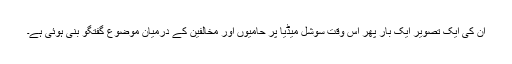
ان کی ایک تصویر ایک بار پھر اس وقت سوشل میڈیا پر حامیوں اور مخالفین کے درمیان موضوع گفتگو بنی ہوئی ہے۔